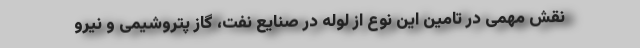
نقش مهمی در تامین این نوع از لوله در صنایع نفت، گاز پتروشیمی و نیرو